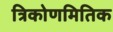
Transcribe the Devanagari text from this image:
त्रिकोणमितिक